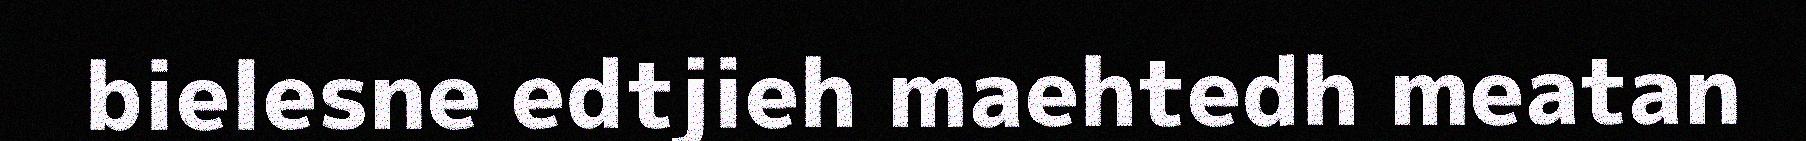
bielesne edtjieh maehtedh meatan